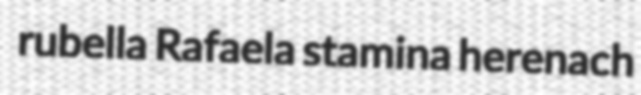
rubella Rafaela stamina herenach